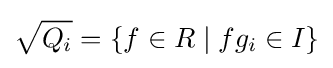
{\sqrt {Q_{i}}}=\{f\in R\mid fg_{i}\in I\}